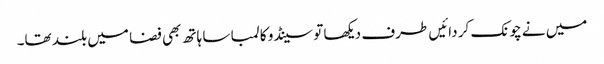
میں نے چونک کر دائیں طرف دیکھا تو سینڈو کا لمبا سا ہاتھ بھی فضا میں بلند تھا۔